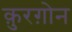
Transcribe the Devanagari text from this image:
क़ुरग़ोन